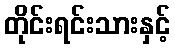
တိုင်းရင်းသားနှင့်